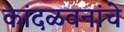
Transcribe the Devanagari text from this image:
कांदळवनांचे